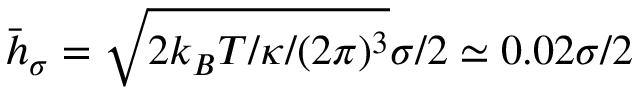
\bar { h } _ { \sigma } = \sqrt { 2 k _ { B } T / \kappa / ( 2 \pi ) ^ { 3 } } \sigma / 2 \simeq 0 . 0 2 \sigma / 2